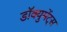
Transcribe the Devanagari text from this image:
डॉक्युमेंट्‌स